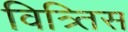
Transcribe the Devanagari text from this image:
वित्र्तिस